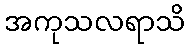
အကုသလရာသိ